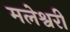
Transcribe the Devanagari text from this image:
मलेश्वरी